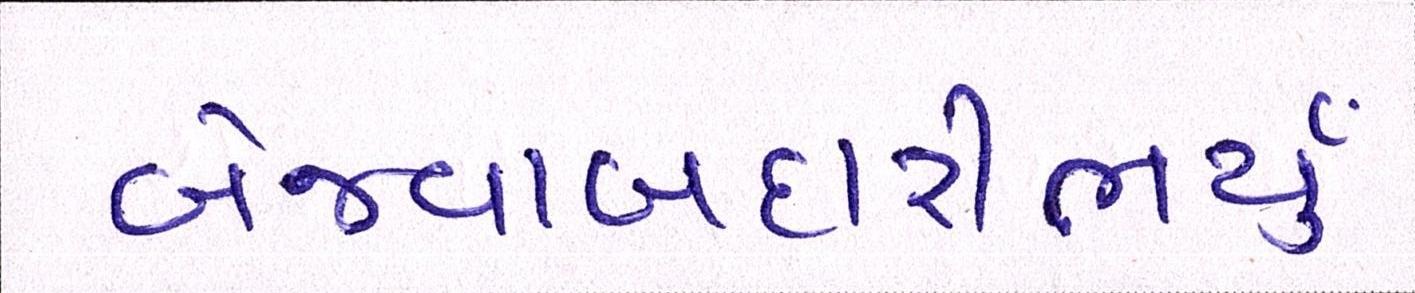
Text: બેજવાબદારીભર્યું